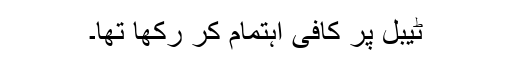
ٹیبل پر کافی اہتمام کر رکھا تھا۔